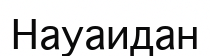
Науаидан